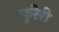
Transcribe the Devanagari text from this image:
फुरेरी